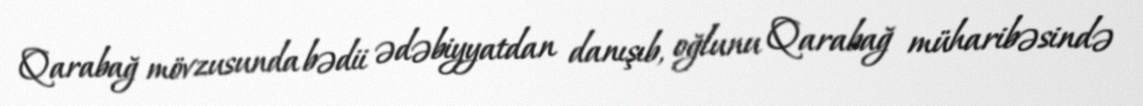
Qarabağ mövzusunda bədii ədəbiyyatdan danışıb, oğlunu Qarabağ müharibəsində